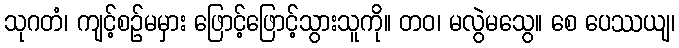
သုဂတံ၊ ကျင့်စဉ်မမှား ဖြောင့်ဖြောင့်သွားသူကို။ တဝ၊ မလွဲမသွေ။ စေ ပေဿယျ၊